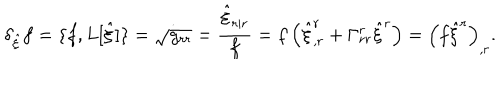
\delta _ { \hat { \xi } } f = \{ f , L [ \hat { \xi } ] \} = \dot { \sqrt { g _ { r r } } } = \frac { \hat { \xi } _ { r | r } } { f } = f \left( \hat { \xi } _ { , r } ^ { r } + \Gamma _ { r r } ^ { r } \hat { \xi } ^ { r } \right) = \left( f \hat { \xi } ^ { r } \right) _ { , r } .